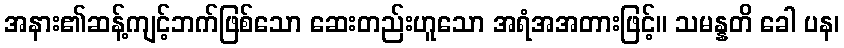
အနား၏ဆန့်ကျင့်ဘက်ဖြစ်သော ဆေးတည်းဟူသော အရံအအတားဖြင့်။ သမန္နတိ ခေါ ပန၊